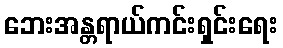
ဘေးအန္တရာယ်ကင်းရှင်းရေး